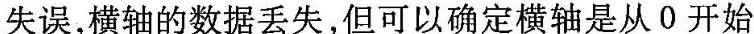
失误，横轴的数据丢失，但可以确定横轴是从0开始